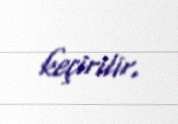
keçirilir.